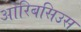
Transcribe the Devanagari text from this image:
ओरिबसिउस